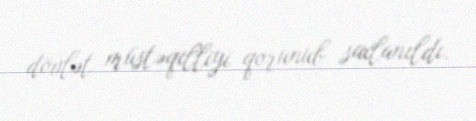
dövlət müstəqilliyi qorunub saxlanıldı.